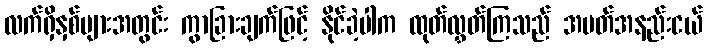
လက်ရှိနှစ်များအတွင်း ကွာခြားချက်ဖြင့် နိုင်ခဲ့ပါက ထုတ်လွှတ်ကြသည် အပတ်အနည်းငယ်